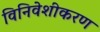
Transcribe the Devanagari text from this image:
विनिवेशीकरण